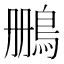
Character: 𫚷